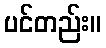
ပင်တည်း။